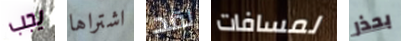
يجب اشتراها لقد لمسافات بحذر